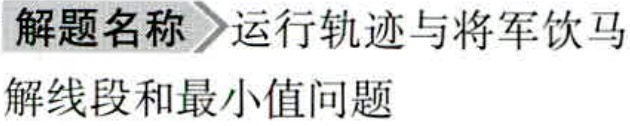
解题名称\(>\)运行轨迹与将军饮马

解线段和最小值问题